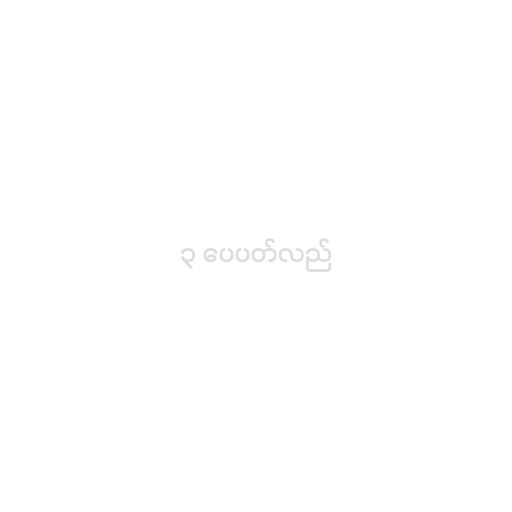
၃ ပေပတ်လည်